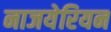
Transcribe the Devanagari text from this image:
नाजयेरियन